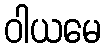
ဝါယမေ